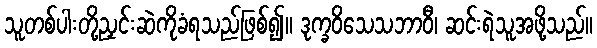
သူတစ်ပါးတို့ညှင်းဆဲကိုခံရသည်ဖြစ်၍။ ဒုက္ခဝိသေသဘာဝီ၊ ဆင်းရဲသူအဖို့သည်။